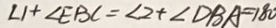
\angle 1 + \angle E B C = \angle 2 + \angle D B A = 1 8 0